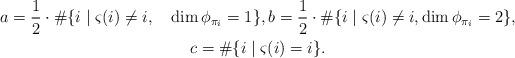
LaTeX: \begin{gather*} a=\frac12\cdot\#\{i \mid \varsigma(i)\neq i, \quad\dim\phi_{\pi_i}=1\}, b=\frac12\cdot\#\{i \mid \varsigma(i)\neq i, \dim\phi_{\pi_i}=2\}, \\ c=\#\{i \mid \varsigma(i)=i \}. \end{gather*}